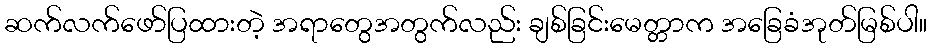
ဆက်လက်ဖော်ပြထားတဲ့ အရာတွေအတွက်လည်း ချစ်ခြင်းမေတ္တာက အခြေခံအုတ်မြစ်ပါ။